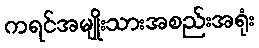
ကရင်အမျိုးသားအစည်းအရုံး